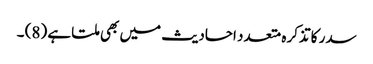
سدر کا تذکرہ متعدد احادیث میں بھی ملتا ہے (8) ۔